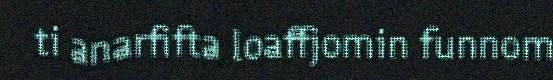
ti anarfifta loaffjomin funnom